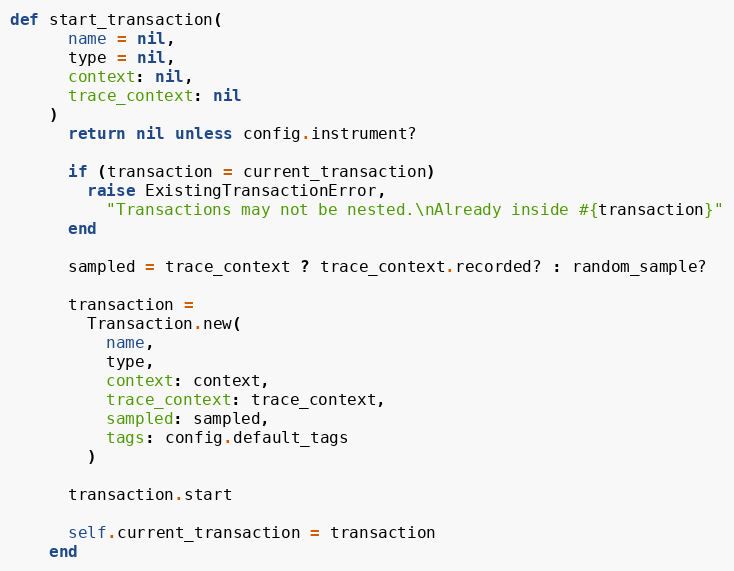
Language: Ruby
def start_transaction(
      name = nil,
      type = nil,
      context: nil,
      trace_context: nil
    )
      return nil unless config.instrument?

      if (transaction = current_transaction)
        raise ExistingTransactionError,
          "Transactions may not be nested.\nAlready inside #{transaction}"
      end

      sampled = trace_context ? trace_context.recorded? : random_sample?

      transaction =
        Transaction.new(
          name,
          type,
          context: context,
          trace_context: trace_context,
          sampled: sampled,
          tags: config.default_tags
        )

      transaction.start

      self.current_transaction = transaction
    end